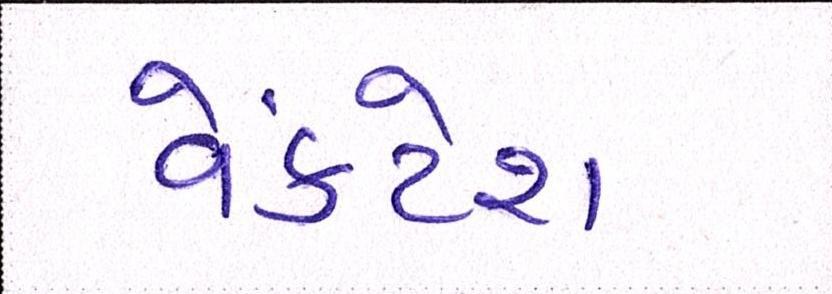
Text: વેંકટેશ